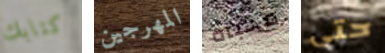
كتابك المهرجين مخبأه حتى